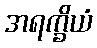
အရက္ခိယံ